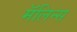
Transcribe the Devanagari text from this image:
मॅलिन्स